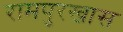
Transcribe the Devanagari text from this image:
रामपुरखास